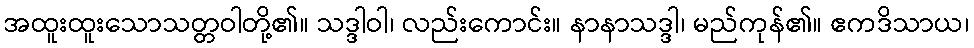
အထူးထူးသောသတ္တဝါတို့၏။ သဒ္ဒါဝါ၊ လည်းကောင်း။ နာနာသဒ္ဒါ၊ မည်ကုန်၏။ ဧကဒိသာယ၊